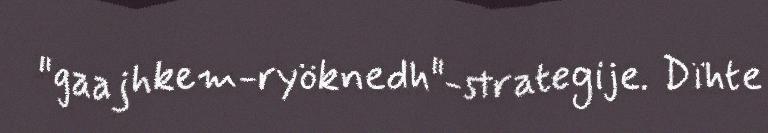
"gaajhkem-ryöknedh"-strategije. Dïhte